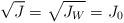
LaTeX: \begin{align*}\sqrt{J}=\sqrt{J_W}=J_0\end{align*}